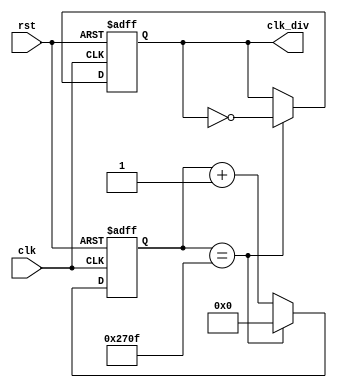
module segClkDevider(
input clk,
    input rst,
    output reg clk_div
    );
     
 localparam constantNumber = 10000;
 reg [31:0] count;
 
always @ (posedge(clk), posedge(rst))
begin
    if (rst == 1'b1)
        count <= 32'b0;
    else if (count == constantNumber - 1)
        count <= 32'b0;               
    else
        count <= count + 1;
end

always @ (posedge(clk), posedge(rst))
begin
    if (rst == 1'b1)
        clk_div <= 1'b0;
    else if (count == constantNumber - 1)
        clk_div <= ~clk_div;
    else
        clk_div <= clk_div;
end
endmodule